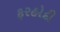
ફરહોદી